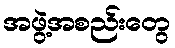
အဖွဲ့အစည်းတွေ